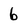
Character: 6